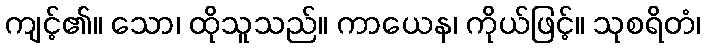
ကျင့်၏။ သော၊ ထိုသူသည်။ ကာယေန၊ ကိုယ်ဖြင့်။ သုစရိတံ၊